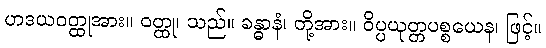
ဟဒယဝတ္ထုအား။ ဝတ္ထု၊ သည်။ ခန္ဓာနံ၊ တို့အား။ ဝိပ္ပယုတ္တပစ္စယေန၊ ဖြင့်။